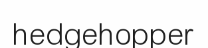
hedgehopper